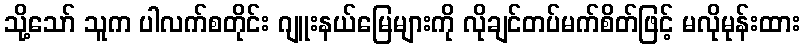
သို့သော် သူက ပါလက်စတိုင်း ဂျူးနယ်မြေများကို လိုချင်တပ်မက်စိတ်ဖြင့် မလိုမုန်းထား